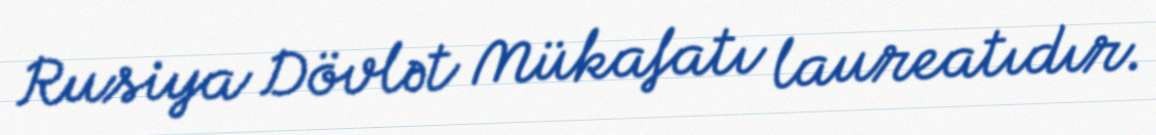
Rusiya Dövlət Mükafatı laureatıdır.